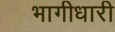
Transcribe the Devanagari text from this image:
भागीधारी